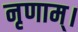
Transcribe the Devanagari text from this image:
नृणाम्‌।